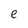
Character: e